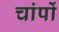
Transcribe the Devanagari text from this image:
चांपों